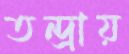
তন্দ্রায়